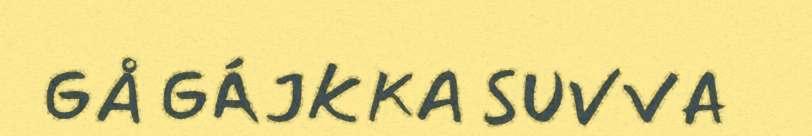
GÅ GÁJKKA SUVVA